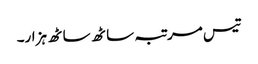
تیس مرتبہ ساٹھ ساٹھ ہزار۔